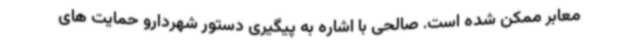
معابر ممکن شده است. صالحی با اشاره به پیگیری دستور شهردارو حمایت های